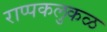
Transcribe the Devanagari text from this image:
राप्पकलुकळ